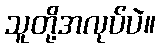
သူတို့အလုပ်ပဲ။